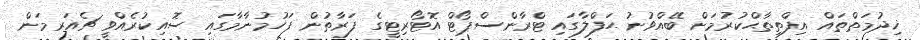
ޚިދުމަތްތައް އިފްތިތާޙްކުރުމަށް ބޭއްވުނު ޙަފްލާގައި ޓްރާންސްޕޯޓް އޮޓޯރިޓީގެ ފަރާތުން ފަހުމުނާމާގައި ސޮއިކުރެއްވީ ޗެއަރމަން